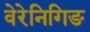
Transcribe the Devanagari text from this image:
वेरेनिगिङ